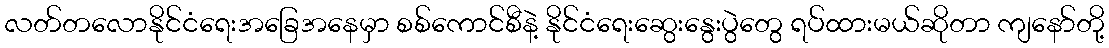
လတ်တလောနိုင်ငံရေးအခြေအနေမှာ စစ်ကောင်စီနဲ့ နိုင်ငံရေးဆွေးနွေးပွဲတွေ ရပ်ထားမယ်ဆိုတာ ကျနော်တို့